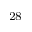
^ { 2 8 }